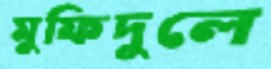
মুফিদুলে